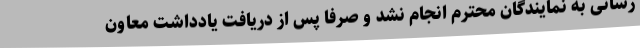
رسانی به نمایندگان محترم انجام نشد و صرفا پس از دریافت یادداشت معاون